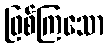
ဖြစ်ကြသော